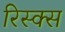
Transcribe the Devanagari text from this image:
रिस्क्स